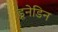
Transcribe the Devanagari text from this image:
डूनेडिन